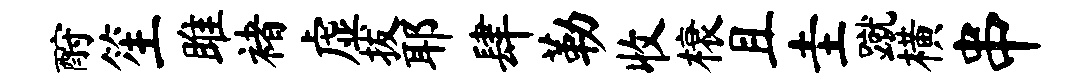
酹笙雎褚虚拔耶肆勒收榱且圭蹴横串